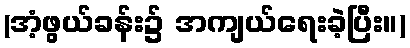
(အံ့ဖွယ်ခန်း၌ အကျယ်ရေးခဲ့ပြီး။)